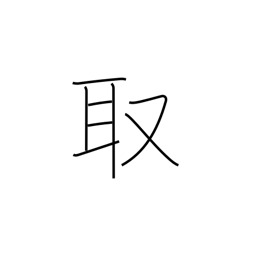
Meaning: take up